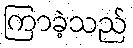
ကြာခဲ့သည်